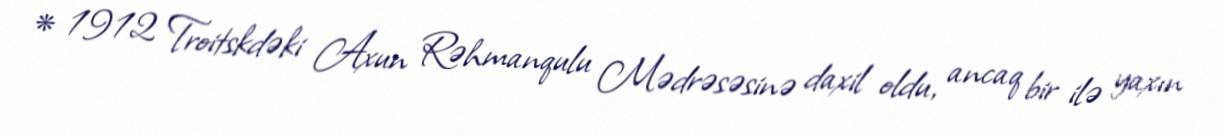
* 1912 Troitskdəki Axun Rəhmanqulu Mədrəsəsinə daxil oldu, ancaq bir ilə yaxın